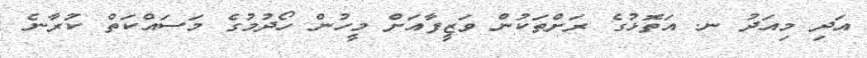
އަދި މިއަދު ނ. އަތޮަޅުގެ ރަށްތަކުން ވަޒީފާއަށް މީހުން ހޯދުމުގެ މަސައްކަތް ކުރާނެ